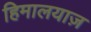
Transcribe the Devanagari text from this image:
हिमालयाज़